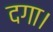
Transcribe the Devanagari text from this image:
दगा।